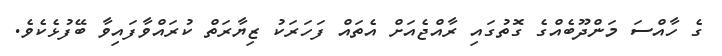
ގެ ހާއްސަ މަންދޫބެއްގެ ގޮތުގައި ރާއްޖެއަށް އެތައް ފަހަރަކު ޒިޔާރަތް ކުރައްވާފައިވާ ބޭފުޅެކެވެ.